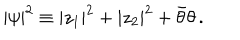
LaTeX: | \psi | ^ { 2 } \equiv | z _ { 1 } | ^ { 2 } + | z _ { 2 } | ^ { 2 } + \bar { \theta } \theta \, .